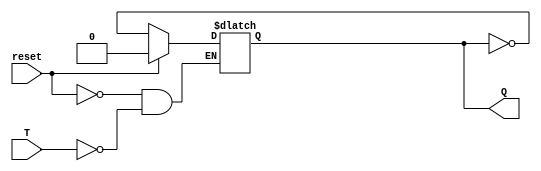
module t_flip_flop(
    input T, 
    input reset,
    output reg Q
);

always @(T, reset)
begin
    if(reset)
        Q <= 1'b0;
    else
    begin
        if(T)
            Q <= ~Q;
    end
end

endmodule